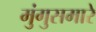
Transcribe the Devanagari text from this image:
मुंगुसमारे